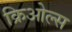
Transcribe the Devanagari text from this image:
क्रिओल्स